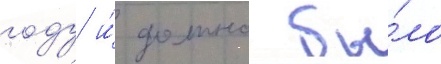
году и́ должно бы́ло